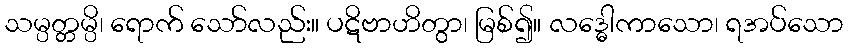
သမ္ပတ္တမ္ပိ၊ ရောက် သော်လည်း။ ပဋိဗာဟိတွာ၊ မြစ်၍။ လဒ္ဓေါကာသော၊ ရအပ်သော